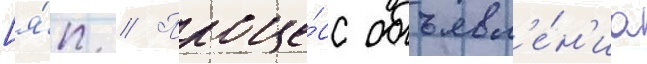
[я́п. // Проце́сс объявл'е́н'иа